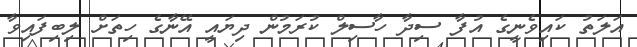
އަލަތު ކައިވެނީގެ އުފާ ސިދާ ހާސިލް ކުރަމުން ދިޔައީ އޭނާގެ ހިތަށް ލިބިފައިވާ